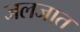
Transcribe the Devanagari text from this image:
जलजात